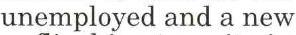
unemployed and a new